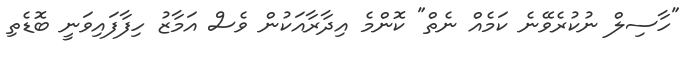
"ހާސިލް ނުކުރެވޭނެ ކަމެއް ނެތް" ކޮންމެ އިދާރާއަކުން ވެސް އަމާޒު ހިފާފައިވަނީ ބޮޑެތި